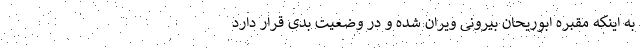
به اینکه مقبره ابوریحان بیرونی ویران شده و در وضعیت بدی قرار دارد